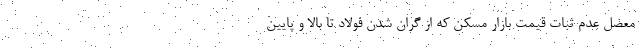
معضل عدم ثبات قیمت بازار مسکن که از گران شدن فولاد تا بالا و پایین